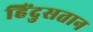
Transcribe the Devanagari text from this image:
हिंदुसतान